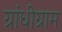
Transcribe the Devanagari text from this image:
ग्रांधीग्राम